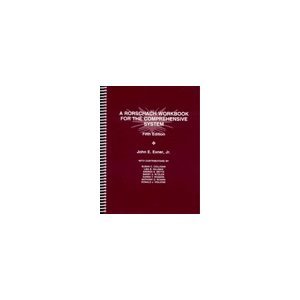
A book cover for A Rorschach workbook for the comprehensive system; John E Exner; Medical Books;